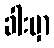
ခါးမှာ